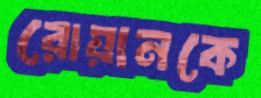
রোয়ানকে